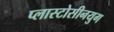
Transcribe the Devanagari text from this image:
प्लास्टोसीनयुग